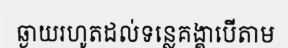
ឆ្ងាយរហូតដល់ទន្លេគង្គាបើតាម